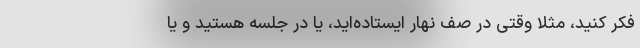
فکر کنید، مثلاً وقتی در صف نهار ایستاده‌اید، یا در جلسه هستید و یا